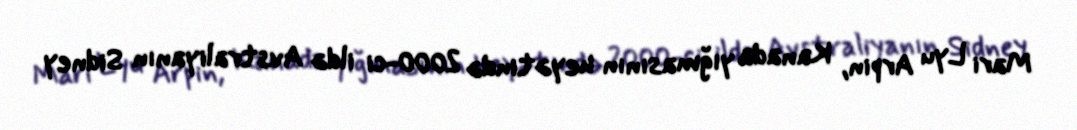
Mari Lyu Arpin, Kanada yığmasının heyətində 2000-ci ildə Avstraliyanın Sidney